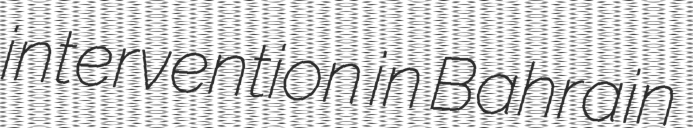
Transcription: intervention in Bahrain